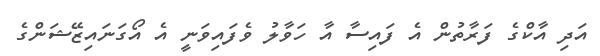
އަދި އާކްގެ ފަރާތުން އެ ފައިސާ އާ ހަވާލު ވެފައިވަނީ އެ އޯގަނައިޒޭޝަންގެ